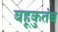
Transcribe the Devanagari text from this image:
बहूकुतंब